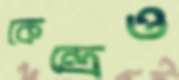
কেন্দ্রেও